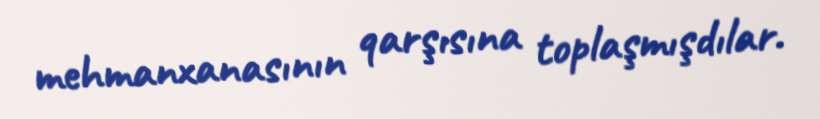
mehmanxanasının qarşısına toplaşmışdılar.